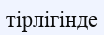
тірлігінде